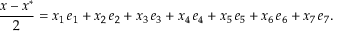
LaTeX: { \frac { x - x ^ { * } } { 2 } } = x _ { 1 } \, e _ { 1 } + x _ { 2 } \, e _ { 2 } + x _ { 3 } \, e _ { 3 } + x _ { 4 } \, e _ { 4 } + x _ { 5 } \, e _ { 5 } + x _ { 6 } \, e _ { 6 } + x _ { 7 } \, e _ { 7 } .